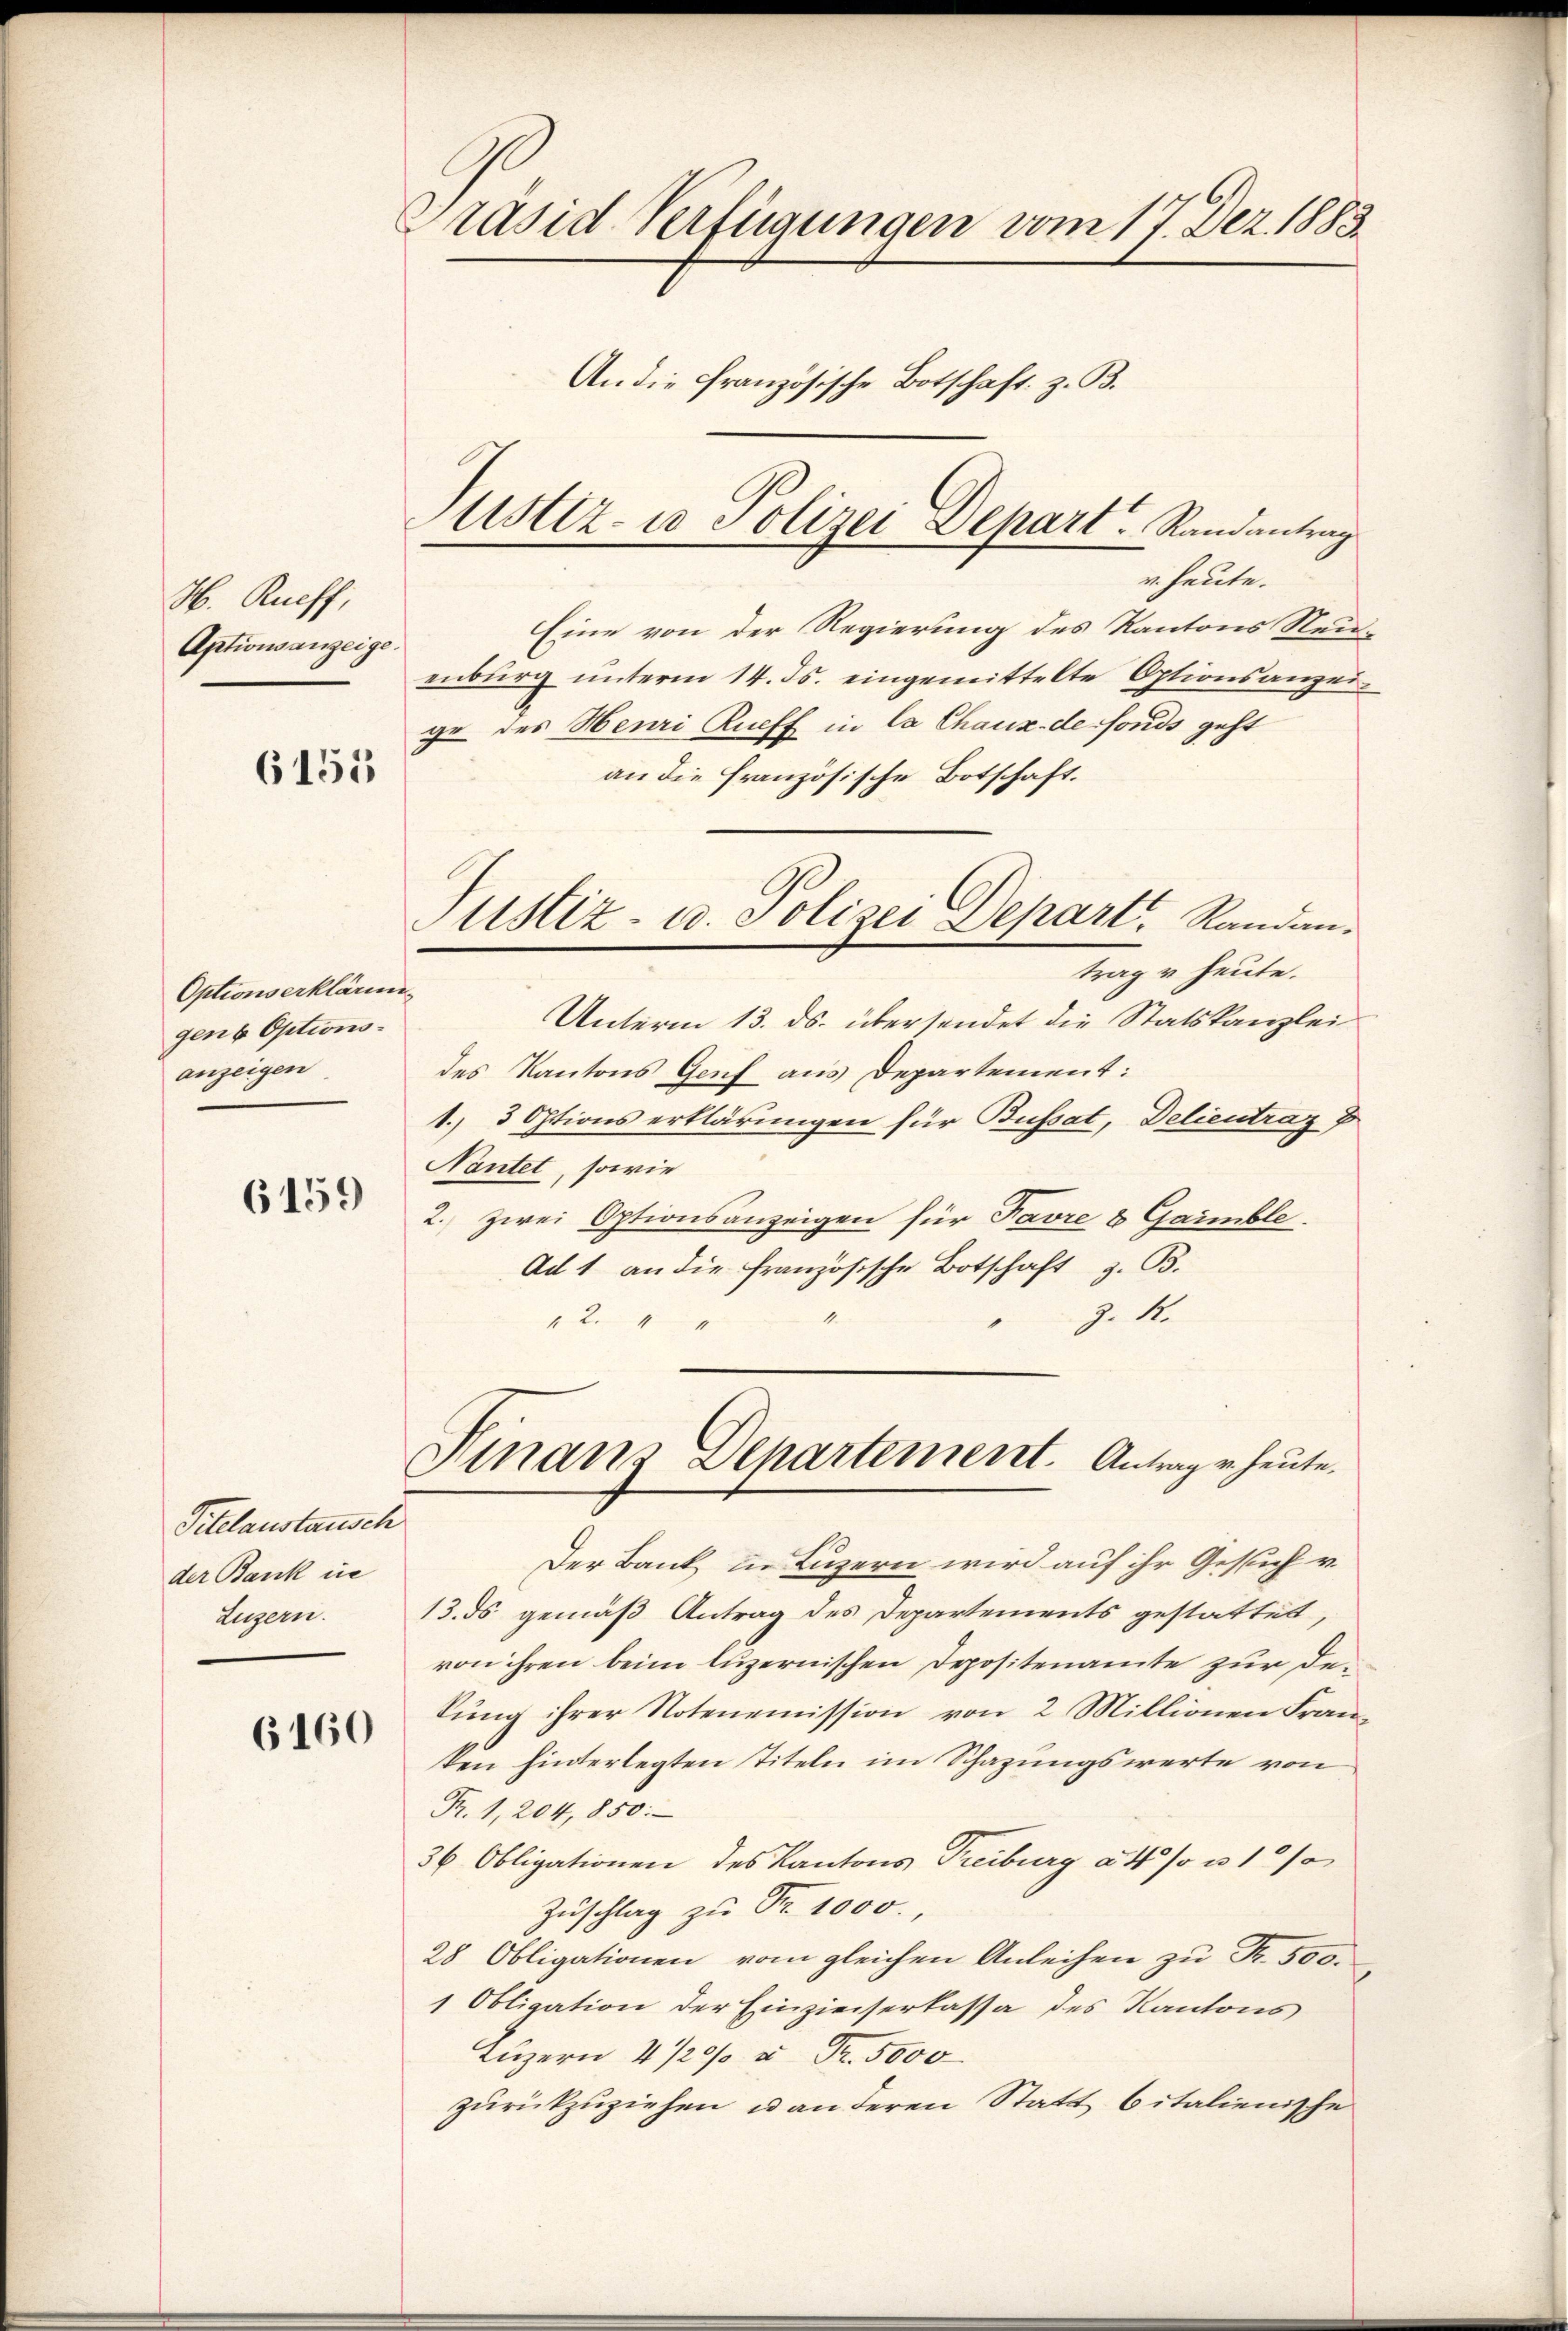
H. Rueff,
Aptionsanzeige

6155

Optionserklärung
gen 6 Optionsanzeigen

6159

Titelaustausch
der Bank in
Luzern.

Präsid Verfügungen vom 17. Dez. 1883
An die französische Botschaft z. B.
Justiz- u Polizei Depart Randantrag

6160

Justiz- u. Polizei Depart, Randantrag u. heute.

v. heute.
Eine von der Regierung des Kantons Neuenburg unterm 14. ds. eingemittelte Optionsanzeige des Henri Rueff in Ca Chaux-de fonds geht
an die Französische Botschaft.
Unterm 13. ds. übersendet die Statskanzlei
des Kantons Genf aus Departement:
1.3 Options erklärungen für Busset, Delieutraz
Nantel, sowie
2. Zwei Optionsanzeigen für Favre & Garmble.
Ad 1 an die französische Botschaft z. B.
Z. 4.
1.
2.

Finanz-Departement. Antrag u. heute.

Der Bank in Luzern wird auf ihr Gesuch v.
13. ds gemäß Antrag des Departements gestattet,
von ihren beim luzernischen Depositenamte zur dekung ihrer Notenemission von 2 Millionen Franken hinterlegten Titeln im Schazungswerte von
Fr. 1, 204, 850.
36 Obligationen des Kantons Freiburg à 4 % u 1/
Zuschlag zu Fr. 1000.,
28 Obligationen vom gleichen Anleihen zu Fr. 500.
1 Obligation der Einzieiserkassa des Kantons
Luzern 4 1/20/ u Fr. 5000
zurückzuziehen u an deren Statt bitalienische